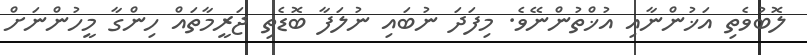
ލޮބުވެތި އަޚުންނާއި އުޚްތުންނޭވެ. މިފަދަ ނުބައި ނުލަފާ ބޮޑެތި ޖަރީމާތައް ހިންްގާ މީހުންނަށް